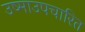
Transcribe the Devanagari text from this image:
उष्माउपचारित